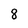
Character: 8